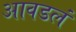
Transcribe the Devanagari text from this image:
आवडलं